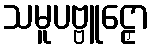
သမူပဗ္ဗူဠှော